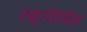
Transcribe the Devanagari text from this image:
स्मृतिचित्र